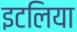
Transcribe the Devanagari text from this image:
इटलिया